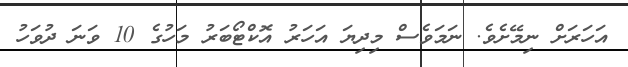
އަހަރަށް ނިމޭށެވެ. ނަމަވެސް މިދިޔަ އަހަރު އޮކްޓޯބަރު މަހުގެ 10 ވަނަ ދުވަހު